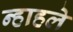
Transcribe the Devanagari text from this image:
न्हाहले